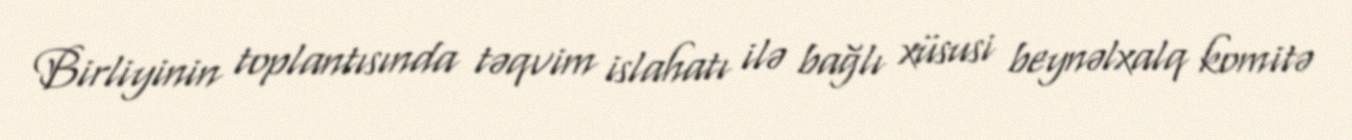
Birliyinin toplantısında təqvim islahatı ilə bağlı xüsusi beynəlxalq komitə